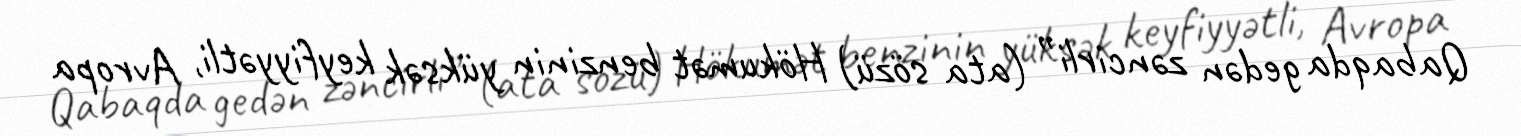
Qabaqda gedən zəncirli” (ata sözü) Hökumət benzinin yüksək keyfiyyətli, Avropa